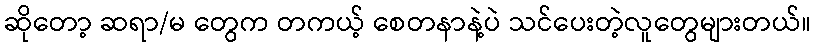
ဆိုတော့ ဆရာ/မ တွေက တကယ့် စေတနာနဲ့ပဲ သင်ပေးတဲ့လူတွေများတယ်။